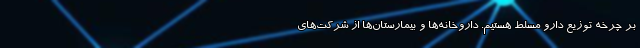
بر چرخه توزیع دارو مسلط هستیم. داروخانه‌ها و بیمارستان‌ها از شرکت‌های